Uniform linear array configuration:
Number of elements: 24
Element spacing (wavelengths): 0.5
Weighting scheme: binomial
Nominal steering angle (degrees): -45
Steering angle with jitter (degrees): -43.76
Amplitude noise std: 0.05
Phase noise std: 0.05

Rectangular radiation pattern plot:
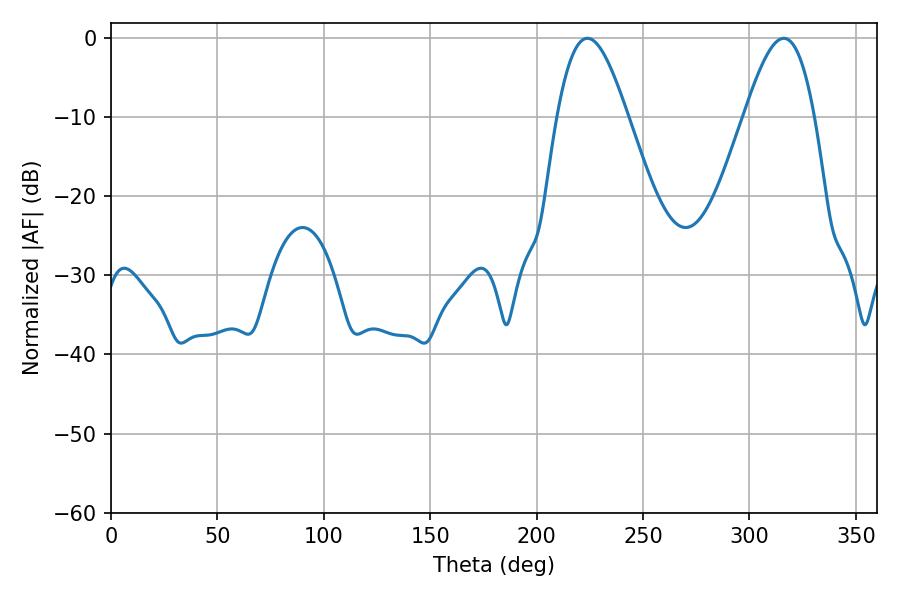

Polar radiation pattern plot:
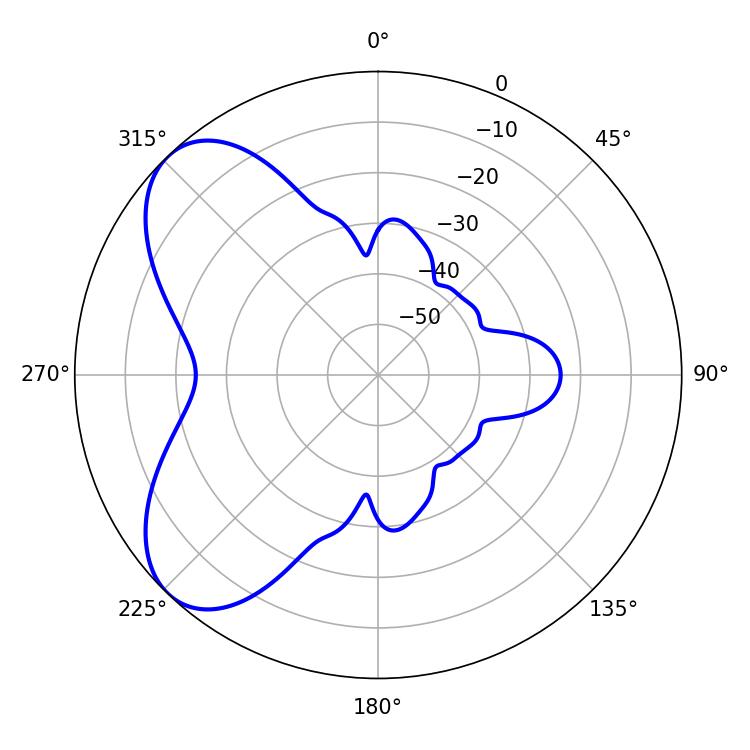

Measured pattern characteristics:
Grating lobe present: FALSE
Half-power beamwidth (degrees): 17.82
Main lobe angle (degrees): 223.92